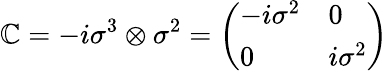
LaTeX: \mathbb{C}=-i\sigma^{3}\otimes\sigma^{2}={\left(\begin{array}{ll}{-i\sigma^{2}}&{0}\\ {0}&{i\sigma^{2}}\end{array}\right)}